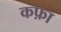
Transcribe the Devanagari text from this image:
कफ़ा